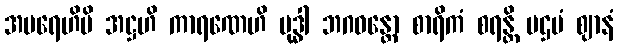
အပရေဟိပိ အဋ္ဌဟိ ကာရဏေဟိ ဗုဒ္ဓါ ဘဂဝန္တော စာရိကံ စရန္တိ ပဌမံ ဈာနံ